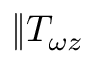
\| T _ { \omega z }